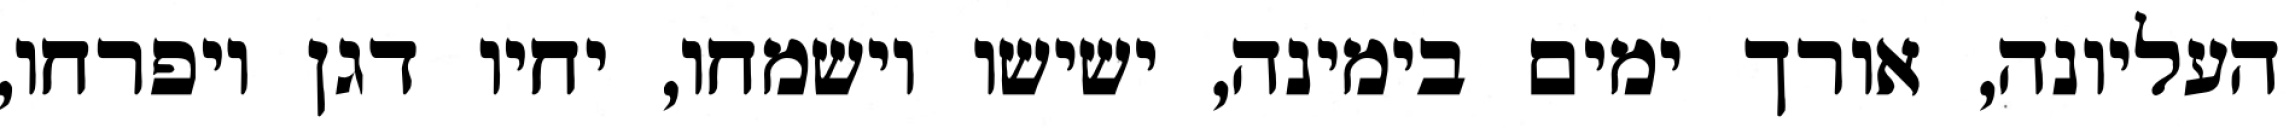
העליונה, אורך ימים בימינה, ישישו וישמחו, יחיו דגן ויפרחו,